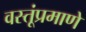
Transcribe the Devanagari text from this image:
वस्तूंप्रमाणे